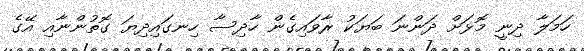
ހަމަލާ ދިނީ މޮޅަށް ދަންނަ ބަޔަކު ރާވައިގެން ހާދިސާ ހިނގައިދިޔަ ގޮތުންނާއި އޭގެ